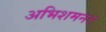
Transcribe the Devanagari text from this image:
अभिशमन।